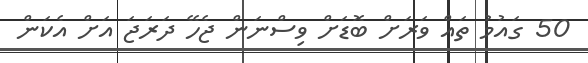
50 ގައުމު ތައް ވަރަށް ބޮޑަށް ވިސްނަން ޖެހޭ ދަރަޖަ އަށް އެކަން